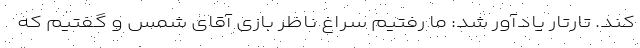
کند. تارتار یادآور شد: ما رفتیم سراغ ناظر بازی آقای شمس و گفتیم که